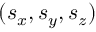
( s _ { x } , s _ { y } , s _ { z } )